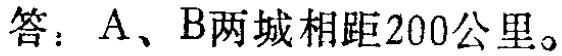
答：A、B两城相距200公里。